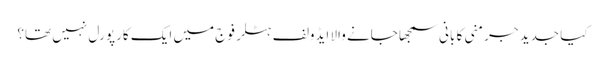
کیا جدید جرمنی کا بانی سمجھا جانے والا ایڈولف ہٹلر فوج میں ایک کارپورل نہیں تھا؟